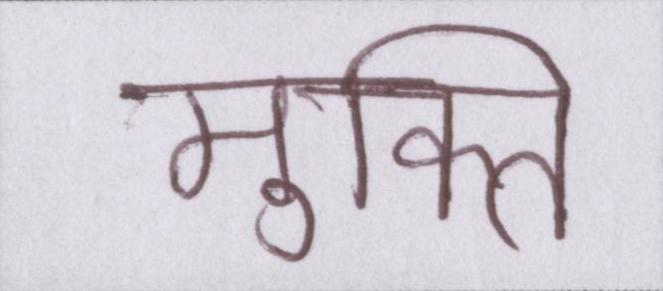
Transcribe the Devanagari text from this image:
मुक्ति